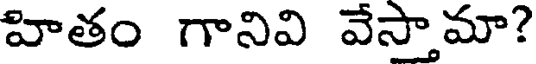
హితం గానివి వేస్తామా?